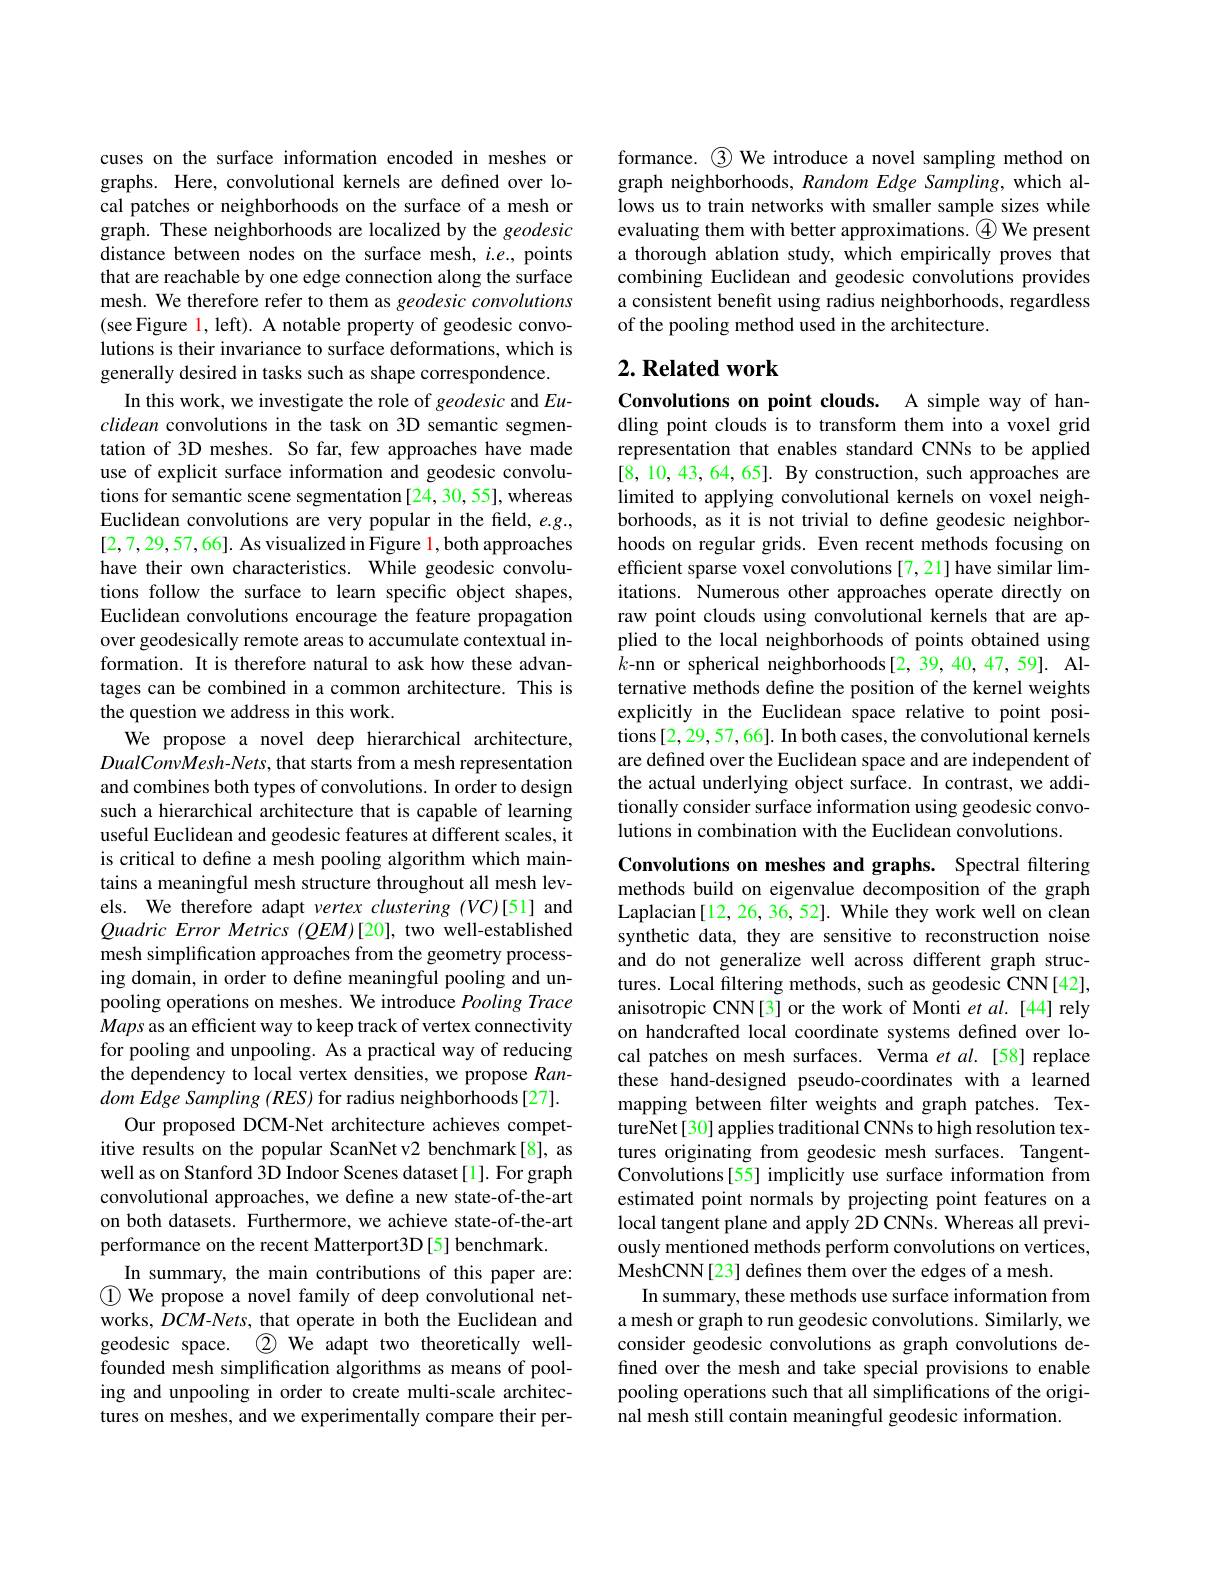
cuses on the surface information encoded in meshes or graphs. Here, convolutional kernels are defined over local patches or neighborhoods on the surface of a mesh or graph. These neighborhoods are localized by the geodesic distance between nodes on the surface mesh, $i.e.$, points that are reachable by one edge connection along the surface mesh. We therefore refer to them as geodesic convolutions (see Figure l, left). A notable property of geodesic convolutions is their invariance to surface deformations, which is generally desired in tasks such as shape correspondence.
In this work, we investigate the role of geodesic and $Eu-$ clidean convolutions in the task on 3D semantic segmentation of 3D meshes. So far, few approaches have made use of explicit surface information and geodesic convolutions for semantic scene segmentation[24,30,55], whereas Euclidean convolutions are very popular in the field, $e.g.$, [2,7,29,57,66]. As visualized in Figure $\color{red}1$,both approaches have their own characteristics. While geodesic convolutions follow the surface to learn specific object shapes, Euclidean convolutions encourage the feature propagation over geodesically remote areas to accumulate contextual information. It is therefore natural to ask how these advantages can be combined in a common architecture. This is the question we address in this work.
We propose a novel deep hierarchical architecture, DualConvMesh-Nets, that starts from a mesh representation and combines both types of convolutions. In order to design such a hierarchical architecture that is capable of learning useful Euclidean and geodesic features at different scales, it is critical to define a mesh pooling algorithm which maintains a meaningful mesh structure throughout all mesh levels. We therefore adapt vertex clustering (VC)[51] and Quadric Error Metrics (QEM)[20], two well-established mesh simplification approaches from the geometry processing domain, in order to define meaningful pooling and unpooling operations on meshes. We introduce Pooling Trace Maps as an efficient way to keep track of vertex connectivity for pooling and unpooling. As a practical way of reducing the dependency to local vertex densities, we propose Ran- $domEdge\textit{Sampling ( RES) for radius neighborhoods[ 27] . }$
Our proposed DCM-Net architecture achieves competitive results on the popular ScanNet v2 benchmark[8], as well as on Stanford 3D Indoor Scenes dataset[1]. For graph convolutional approaches, we define a new state-of-the-art on both datasets. Furthermore, we achieve state-of-the-art performance on the recent Matterport3D[5] benchmark.
In summary, the main contributions of this paper are: $\textcircled 1 We propose a novel family of deep convolutional net-$ works, $DCM$-Nets, that operate in both the Euclidean and geodesic space. $\textcircled{2}$ We adapt two theoretically wellfounded mesh simplification algorithms as means of pooling and unpooling in order to create multi-scale architectures on meshes, and we experimentally compare their per-

formance. $\textcircled{3}$ We introduce a novel sampling method on graph neighborhoods, Random Edge Sampling, which allows us to train networks with smaller sample sizes while evaluating them with better approximations. $\textcircled{4}$ We present a thorough ablation study, which empirically proves that combining Euclidean and geodesic convolutions provides a consistent benefit using radius neighborhoods, regardless of the pooling method used in the architecture.

# $2. \textbf{ Related work}$

Convolutions on point clouds. A simple way of handling point clouds is to transform them into a voxel grid representation that enables standard CNNs to be applied [8,10,43,64,65]. By construction, such approaches are limited to applying convolutional kernels on voxel neighborhoods, as it is not trivial to define geodesic neighborhoods on regular grids. Even recent methods focusing on efficient sparse voxel convolutions [7,21] have similar limitations. Numerous other approaches operate directly on raw point clouds using convolutional kernels that are applied to the local neighborhoods of points obtained using $k$-nn or spherical neighborhoods[2,39,40,47,59]. Alternative methods define the position of the kernel weights explicitly in the Euclidean space relative to point positions [2,29,57,66]. In both cases, the convolutional kernels are defined over the Euclidean space and are independent of the actual underlying object surface. In contrast, we additionally consider surface information using geodesic convolutions in combination with the Euclidean convolutions.

Convolutions on meshes and graphs. Spectral filtering methods build on eigenvalue decomposition of the graph Laplacian[12, 26, 36, 52]. While they work well on clean synthetic data, they are sensitive to reconstruction noise and do not generalize well across different graph structures. Local filtering methods, such as geodesic CNN[42], anisotropic CNN[3] or the work of Monti et al. [44] rely on handcrafted local coordinate systems defined over local patches on mesh surfaces. Verma $etal.$ [58] replace these hand-designed pseudo-coordinates with a learned mapping between flter weights and graph patches. TextureNet[30] applies traditional CNNs to high resolution textures originating from geodesic mesh surfaces. TangentConvolutions[55] implicitly use surface information from estimated point normals by projecting point features on a local tangent plane and apply 2D CNNs. Whereas all previously mentioned methods perform convolutions on vertices, MeshCNN[23] defines them over the edges of a mesh.
In summary, these methods use surface information from a mesh or graph to run geodesic convolutions. Similarly, we consider geodesic convolutions as graph convolutions defined over the mesh and take special provisions to enable pooling operations such that all simplifications of the original mesh still contain meaningful geodesic information.